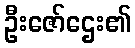
ဦးဇော်ဌေး၏